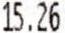
15.26